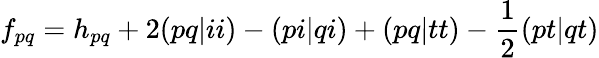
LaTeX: f_{pq}=h_{pq}+2(pq|ii)-(pi|qi)+(pq|tt)-\frac{1}{2}(pt|qt)